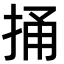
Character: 捅